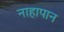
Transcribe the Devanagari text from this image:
नाहापान